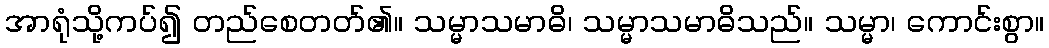
အာရုံသို့ကပ်၍ တည်စေတတ်၏။ သမ္မာသမာဓိ၊ သမ္မာသမာဓိသည်။ သမ္မာ၊ ကောင်းစွာ။